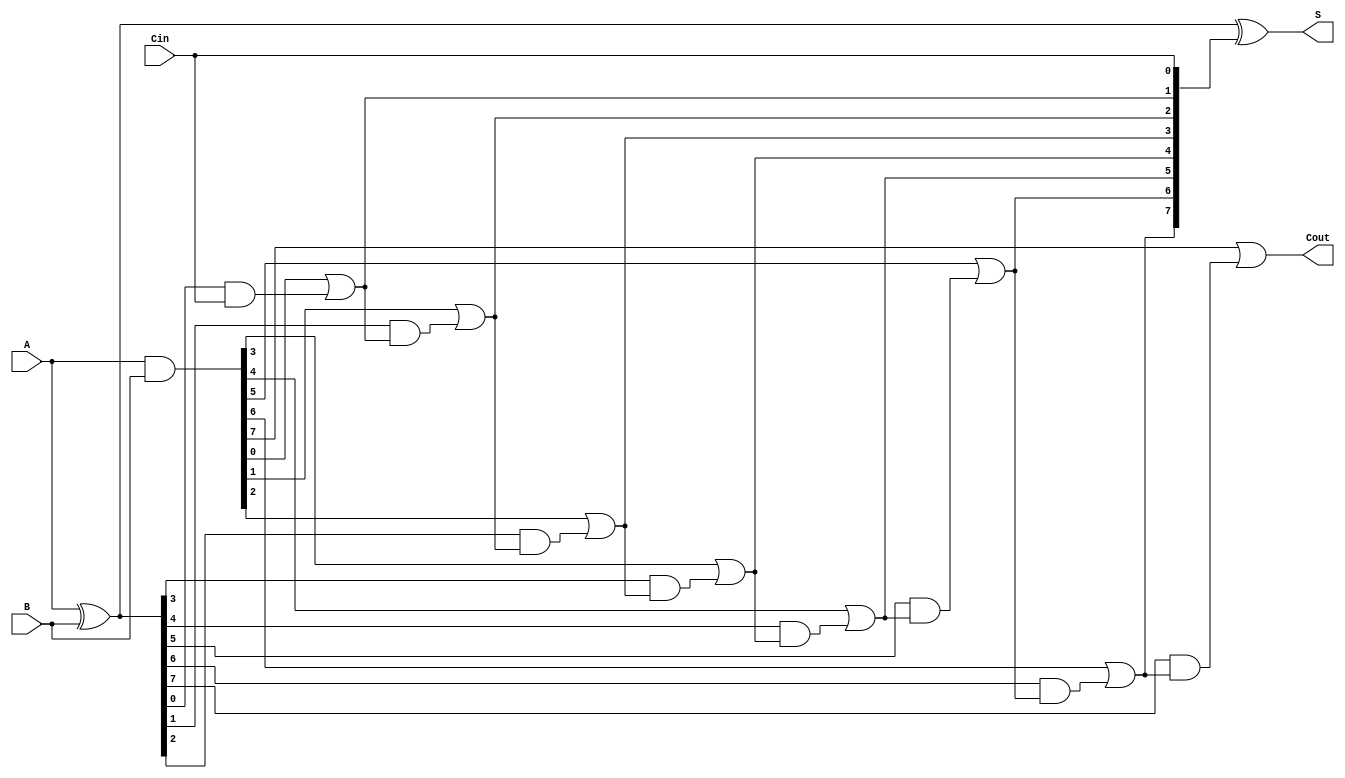
module brent_kung_adder #(
    parameter N = 8 // Width of the adder
) (
    input  [N-1:0] A,    // First input
    input  [N-1:0] B,    // Second input
    input         Cin,    // Carry-in
    output [N-1:0] S,     // Sum output
    output        Cout     // Carry-out
);

    // Generate and Propagate signals
    wire [N-1:0] G; // Generate
    wire [N-1:0] P; // Propagate
    wire [N:0] C;    // Carry signals

    assign G = A & B; // Generate signals
    assign P = A ^ B; // Propagate signals
    assign C[0] = Cin; // Initial carry-in

    // Carry computation using Brent-Kung structure
    genvar i, j, k;
    
    // Stage 1: Compute carries
    for (i = 0; i < N; i = i + 1) begin
        assign C[i + 1] = G[i] | (P[i] & C[i]);
    end

    // Sum calculation
    assign S = P ^ C[N-1:0]; // Sum bits

    // Final carry-out
    assign Cout = C[N];

endmodule